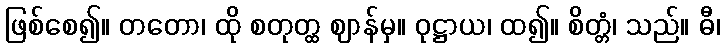
ဖြစ်စေ၍။ တတော၊ ထို စတုတ္ထ ဈာန်မှ။ ဝုဋ္ဌာယ၊ ထ၍။ စိတ္တံ၊ သည်။ ဓီ၊